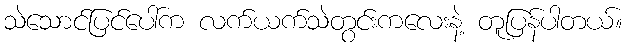
သဲသောင်ပြင်ပေါ်က လက်ယက်သဲတွင်းကလေးနဲ့ တူပြန်ပါတယ်။